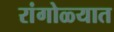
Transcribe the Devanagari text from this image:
रांगोळ्यात